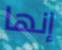
إنها